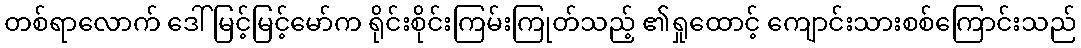
တစ်ရာလောက် ဒေါ်မြင့်မြင့်မော်က ရိုင်းစိုင်းကြမ်းကြုတ်သည့် ၏ရှုထောင့် ကျောင်းသားစစ်ကြောင်းသည်